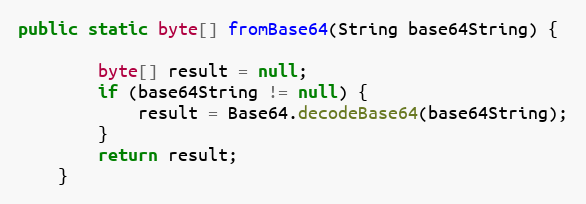
Language: Java
public static byte[] fromBase64(String base64String) {

        byte[] result = null;
        if (base64String != null) {
            result = Base64.decodeBase64(base64String);
        }
        return result;
    }